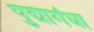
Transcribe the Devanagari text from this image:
पुद्यागंधा